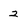
Character: 2